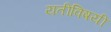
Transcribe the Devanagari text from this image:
यतीविषयी